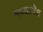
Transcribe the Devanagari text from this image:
मध्यप्रदॆश